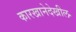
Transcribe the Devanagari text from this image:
कारखानेदेखील